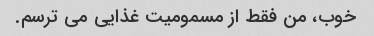
خوب، من فقط از مسمومیت غذایی می ترسم.